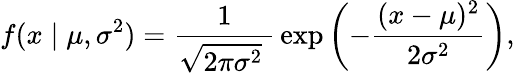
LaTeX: f(x\mid\mu,\sigma^{2})={\frac{1}{{\sqrt{2\pi\sigma^{2}}}\ }}\exp\left(-{\frac{(x-\mu)^{2}}{2\sigma^{2}}}\right),